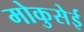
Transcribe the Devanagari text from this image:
मोकुसेई